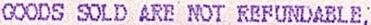
GOODS SOLD ARE NOT REFUNDABLE,